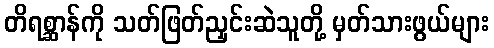
တိရစ္ဆာန်ကို သတ်ဖြတ်ညှင်းဆဲသူတို့ မှတ်သားဖွယ်များ